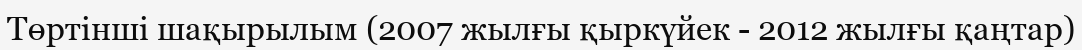
Төртінші шақырылым (2007 жылғы қыркүйек - 2012 жылғы қаңтар)